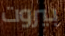
بيروت